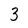
Character: 3